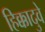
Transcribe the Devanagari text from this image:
हिक्कादुवे